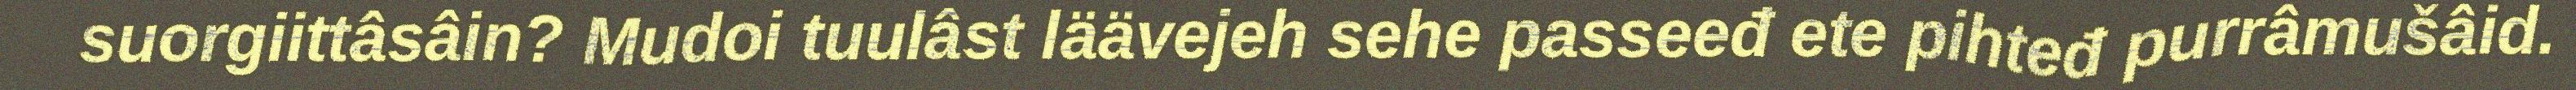
suorgiittâsâin? Mudoi tuulâst läävejeh sehe passeeđ ete pihteđ purrâmušâid.